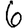
Digit: 6